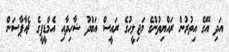
އަދި އޭގެ އިތުރުން ރައްޔިތުންގެ މަޖިލީހުގެ ރައީސް އަބްދު ޝާހިދާއި އެމްޑީޕީގެ ޗެއާޕާސަން